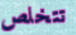
تتخلص